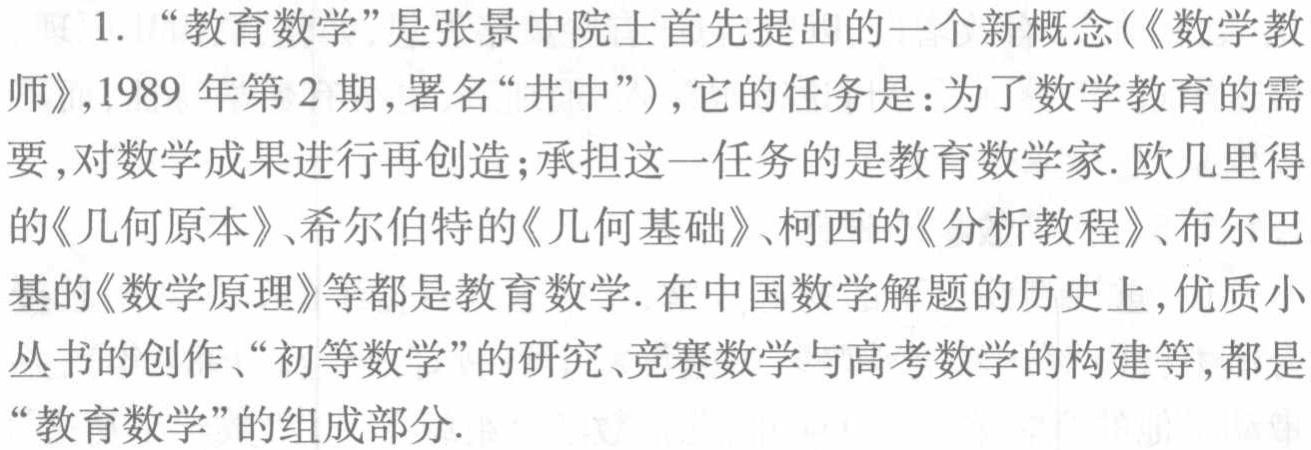
1. “教育数学”是张景中院士首先提出的一个新概念(《数学教师》,1989 年第 2 期,署名“井中”)，它的任务是：为了数学教育的需要,对数学成果进行再创造；承担这一任务的是教育数学家. 欧几里得的《几何原本》、希尔伯特的《几何基础》、柯西的《分析教程》、布尔巴基的《数学原理》等都是教育数学. 在中国数学解题的历史上,优质小丛书的创作、“初等数学”的研究、竞赛数学与高考数学的构建等,都是“教育数学”的组成部分.